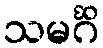
သမင်္ဂိ